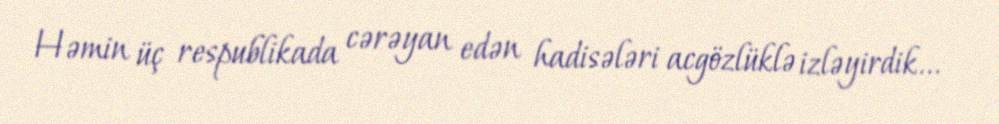
Həmin üç respublikada cərəyan edən hadisələri acgözlüklə izləyirdik...